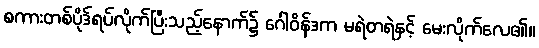
စကားတစ်ပိုဒ်ရပ်လိုက်ပြီးသည့်နောက်၌ ဂေါဝိန်ဒက မရဲတရဲနှင့် မေးလိုက်လေ၏။